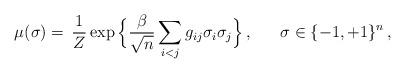
LaTeX: \begin{align*}\mu(\sigma) = \, \frac{1}{Z} \exp\Big\{ \frac{\beta}{\sqrt{n}}\sum_{ i<j } g_{ij} \sigma_i \sigma_j \Big\}\, , ~~~~~ \sigma \in \{-1,+1\}^n \, , \end{align*}